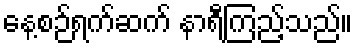
နေ့စဉ်ရက်ဆက် နာရီကြည့်သည်။